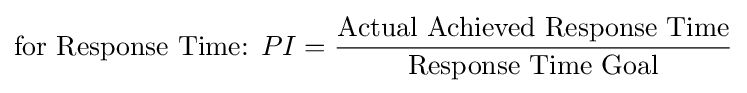
{\text{for Response Time: }}PI={\frac {\text{Actual Achieved Response Time}}{\text{Response Time Goal}}}